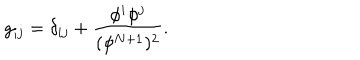
LaTeX: g _ { i j } = \delta _ { i j } + \frac { \phi ^ { i } \phi ^ { j } } { ( \phi ^ { N + 1 } ) ^ { 2 } } .